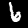
Digit: 6